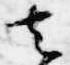
去